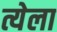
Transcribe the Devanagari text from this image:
त्येला